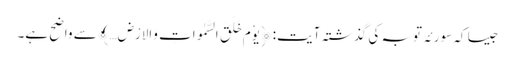
جیسا کہ سورئہ توبہ کی گذشتہ آیت: ﴿یوْمَ خَلَقَ السَّمٰوَاتِ وَالاَرْضَ…﴾ سے واضح ہے۔